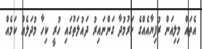
އެތައް މިލިއަން ރުފިޔާއެއްގެ ހަރުމުދާ ގަންނައިރު ދައުލަތުގައި ހުރީ ކިހާ މުދަލެއް ކަމެއް